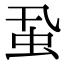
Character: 𧈲